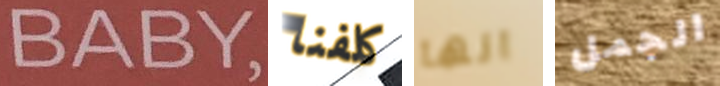
BABY كلفنا انها الجمل